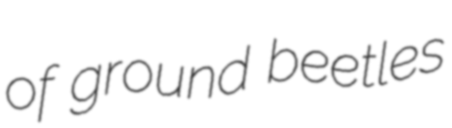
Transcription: of ground beetles